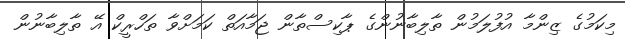
މިކަމުގެ ޒިންމާ އުފުލަމުން ތާލިބާނުންގެ ޕާކިސްތާން ޖަމާއަތް ކަމަށްވާ ތަހްރީކް އޭ ތާލިބާނުން